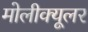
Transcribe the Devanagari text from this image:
मोलीक्यूलर